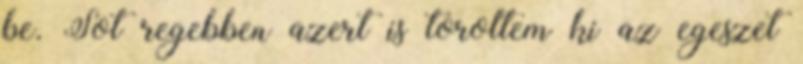
be. Sot regebben azert is toroltem ki az egeszet